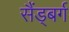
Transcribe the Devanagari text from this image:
सैंड्बर्ग